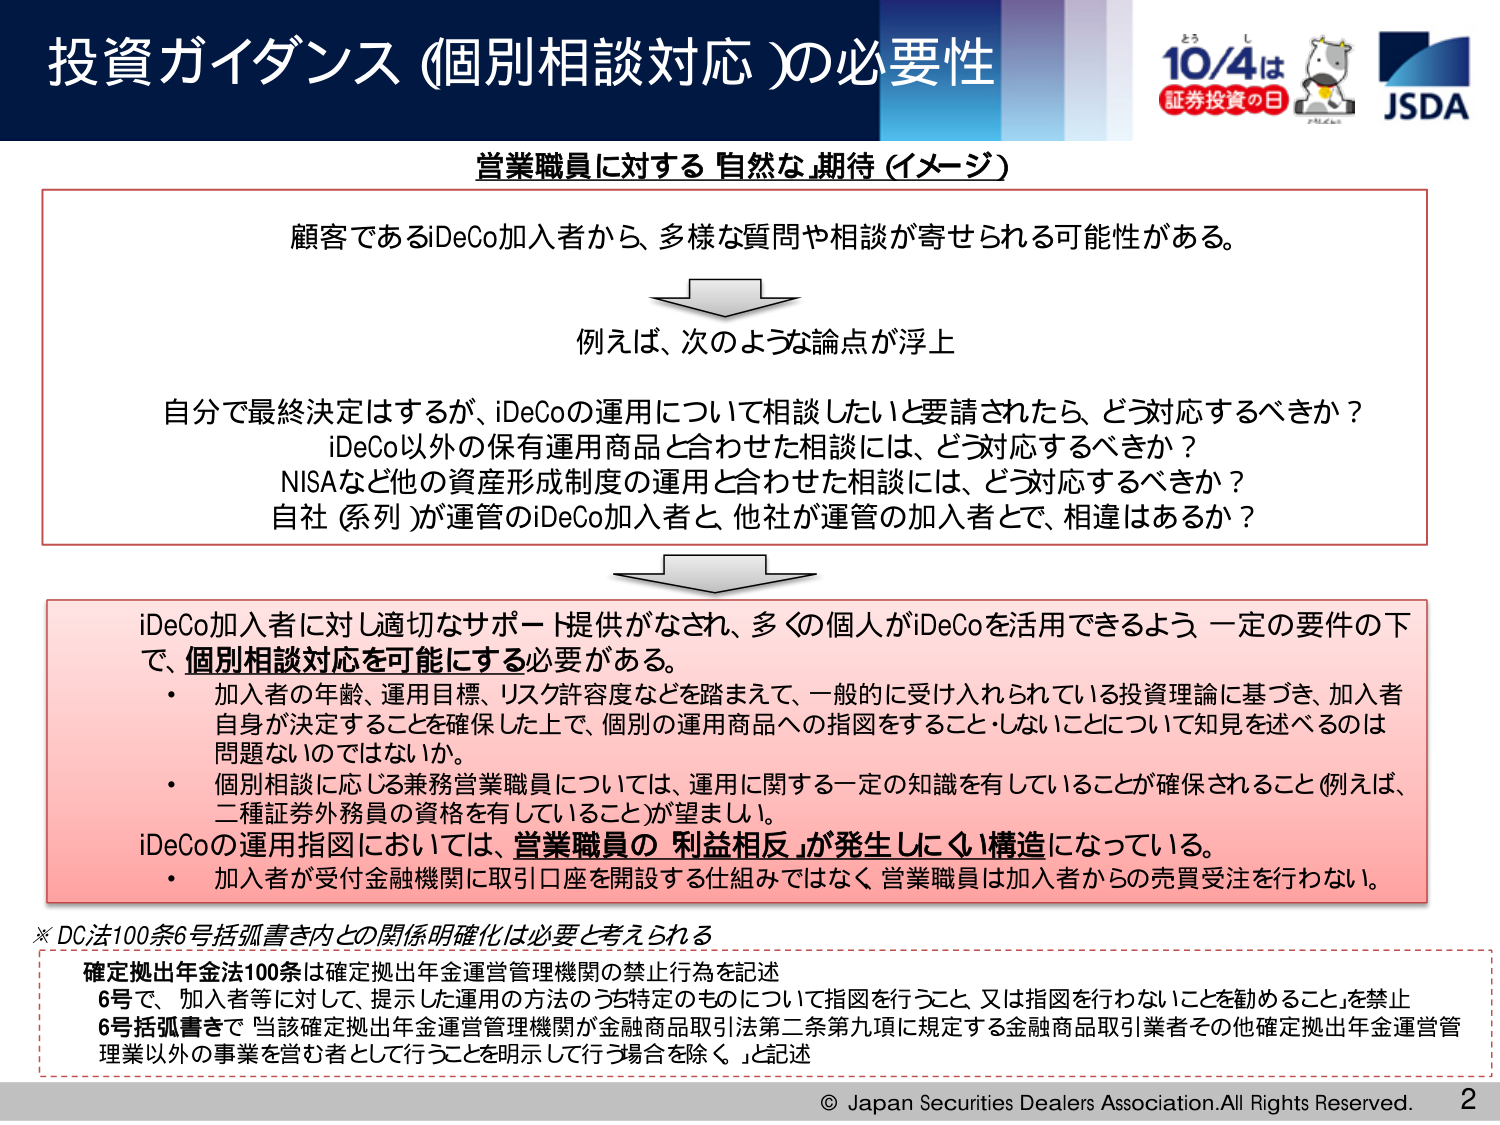
投資ガイダンス（個別相談対応）の必要性

営業職員に対する「自然な期待（イメージ）」

顧客であるiDeCo加入者から、多様な質問や相談が寄せられる可能性がある。

→
例えば、次のような論点が浮上

自分で最終決定はするが、iDeCoの運用について相談したいと要請されたら、どう対応するべきか？
iDeCo以外の保有運用商品と合わせた相談には、どう対応するべきか？
NISAなど他の資産形成制度の運用と合わせた相談には、どう対応するべきか？
自社（系列）が運管のiDeCo加入者と、他社が運管の加入者とで、相違はあるか？

→
iDeCo加入者に対し適切なサポート提供がなされ、多くの個人がiDeCoを活用できるよう、一定の要件の下で、個別相談対応を可能にする必要がある。

・加入者の年齢、運用目標、リスク許容度などを踏まえて、一般的に受け入れられている投資理論に基づき、加入者自身が決定することを確保した上で、個別の運用商品への指図をすること・しないことについて知見を述べるのは問題ないのではないか。

・個別相談に応じる兼務営業職員については、運用に関する一定の知識を有していることが確保されること（例えば、二種証券外務員の資格を有していること）が望ましい。

iDeCoの運用指図においては、営業職員の「利益相反」が発生しにくい構造になっている。

・加入者が受付金融機関に取引口座を開設する仕組みではなく、営業職員は加入者からの売買受注を行わない。

※DC法100条6号括弧書き内との関係明確化は必要と考えられる

確定拠出年金法100条は確定拠出年金運営管理機関の禁止行為を記述
6号で、加入者等に対して、提示した運用の方法のうち特定のものについて指図を行うこと、又は指図を行わないことを勧めること」を禁止
6号括弧書きで「当該確定拠出年金運営管理機関が金融商品取引法第二条第九項に規定する金融商品取引業者その他確定拠出年金運営管理業以外の事業を営む者として行うことを明示して行う場合を除く。」と記述

© Japan Securities Dealers Association. All Rights Reserved. 2

10/4は
証券投資の日
JSDA